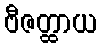
ဗီဇတ္ထာယ